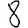
Digit: 8